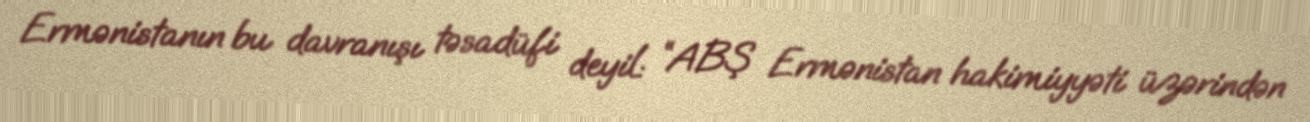
Ermənistanın bu davranışı təsadüfi deyil: “ABŞ Ermənistan hakimiyyəti üzərindən